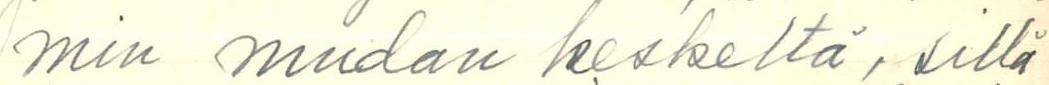
min mudan keskeltä, sillä